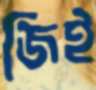
জিই